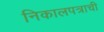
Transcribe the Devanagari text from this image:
निकालपत्राची